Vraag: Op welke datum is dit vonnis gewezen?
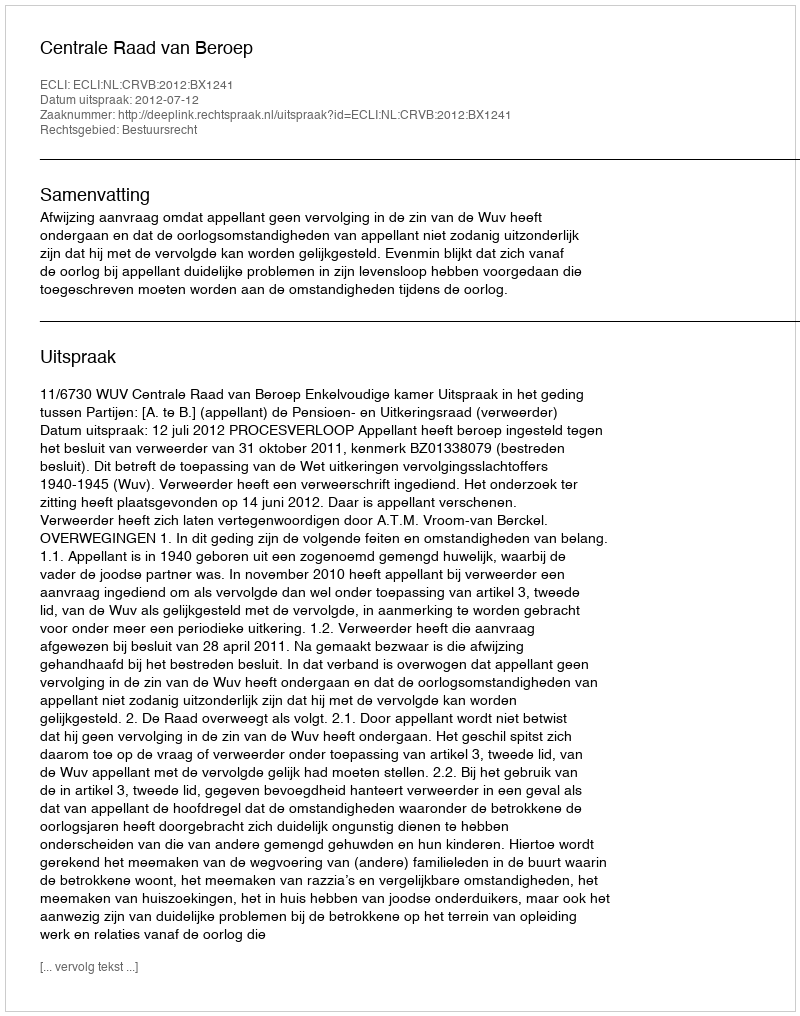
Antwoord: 2012-07-12